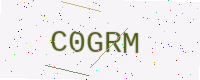
Text: C0GRM